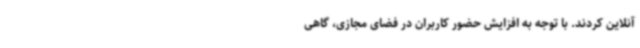
آنلاین کردند. با توجه به افزایش حضور کاربران در فضای مجازی، گاهی